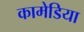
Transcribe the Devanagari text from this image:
कामेडिया